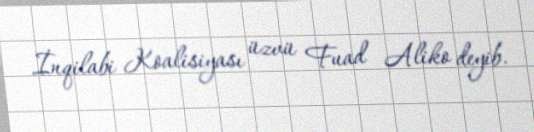
İnqilabi Koalisiyası üzvü Fuad Aliko deyib.